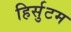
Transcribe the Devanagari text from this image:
हिर्सुटम